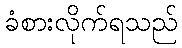
ခံစားလိုက်ရသည်